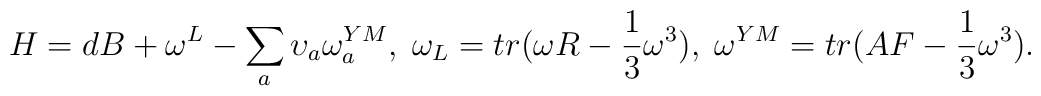
H=dB + \omega^L - \sum_a {\upsilon}_a \omega_a^{YM},\;\omega_L = tr (\omega R - \frac{1}{3} \omega^3),\;\omega^{YM} = tr(A F - \frac{1}{3}\omega^3).